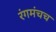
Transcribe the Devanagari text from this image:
रंगमंचच